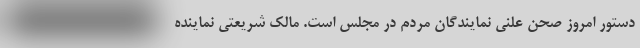
دستور امروز صحن علنی نمایندگان مردم در مجلس است. مالک شریعتی نماینده